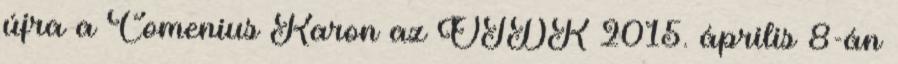
újra a Comenius Karon az OTDK 2015. április 8-án